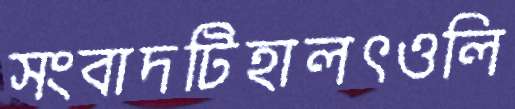
সংবাদটিহালৎওলি